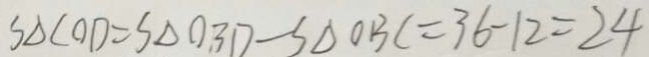
S _ { \Delta C O D } = S _ { \Delta O B D } - S _ { \Delta O B C } = 3 6 - 1 2 = 2 4